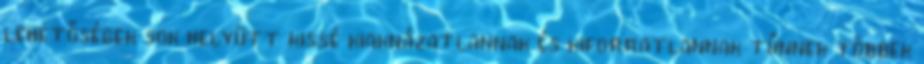
lehetőségek sok helyütt kissé kiaknázatlannak és kiforratlannak tűnnek többek